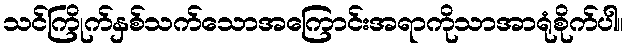
သင်ကြိုက်နှစ်သက်သောအကြောင်းအရာကိုသာအာရုံစိုက်ပါ။